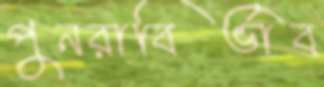
পুনরাবির্ভাব